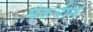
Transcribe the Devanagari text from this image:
मेकबीन